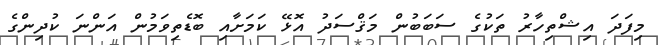
މިފަދަ އިޝްތިހާރު ތަކުގެ ސަބަބުން މަޤްސަދު އޮޅޭ ކަމަށާއި ބޮޑެތިވަމުން އަންނަ ކުދިންގެ